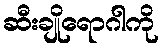
ဆီးချိုရောဂါကို